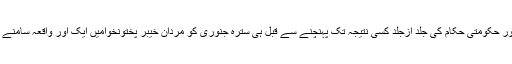
زینب کے اس واقعہ نے جیسے سب کو ہلا کررکھ دیا مگر آفسوس کہ قانون نافذ کرنے والوں اور حکومتی حکام کی جلد ازجلد کسی نتیجہ تک پہنچنے سے قبل ہی سترہ جنوری کو مردان خیبر پختونخوامیں ایک اور واقعہ سامنے آیا کہ جس میں چار سالہ بچی کو زیادتی کا نشانہ بنانے کے بعد موت کے گھاٹ اتار دی گئی۔